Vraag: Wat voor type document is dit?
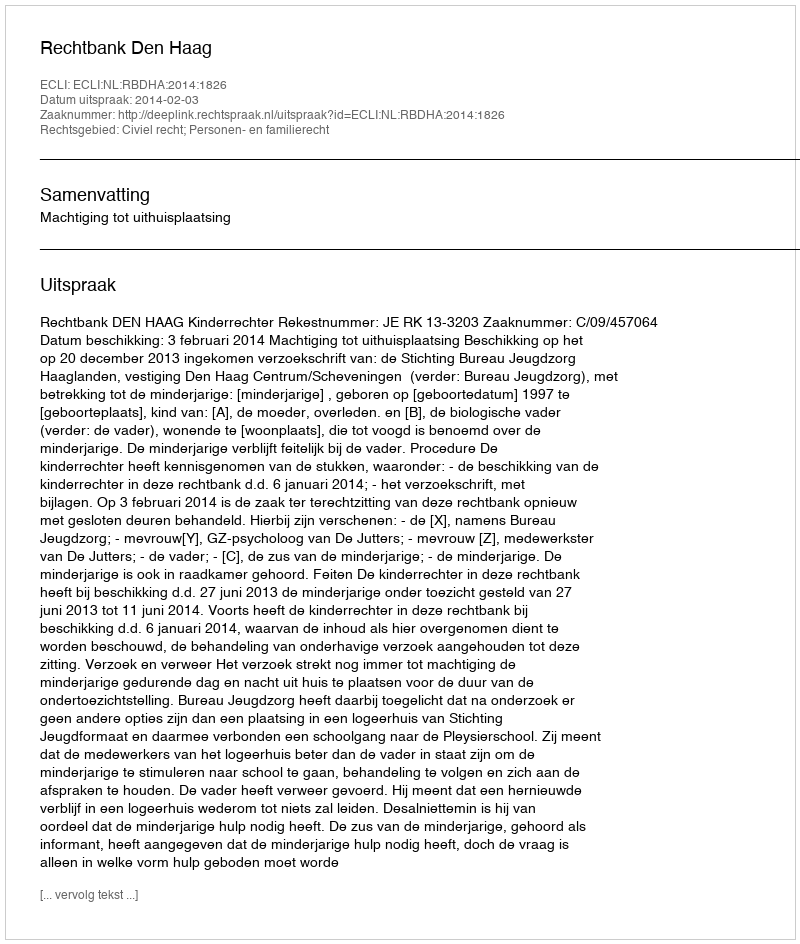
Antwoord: Uitspraak